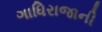
ગાધિરાજાની